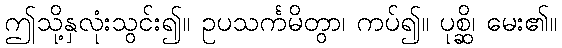
ဤသို့နှလုံးသွင်း၍။ ဥပသင်္ကမိတွာ၊ ကပ်၍။ ပုစ္ဆိ၊ မေး၏။